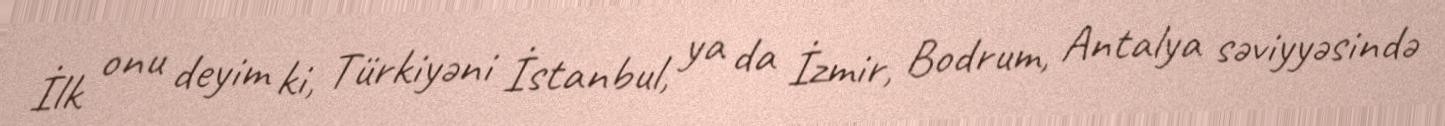
İlk onu deyim ki, Türkiyəni İstanbul, ya da İzmir, Bodrum, Antalya səviyyəsində